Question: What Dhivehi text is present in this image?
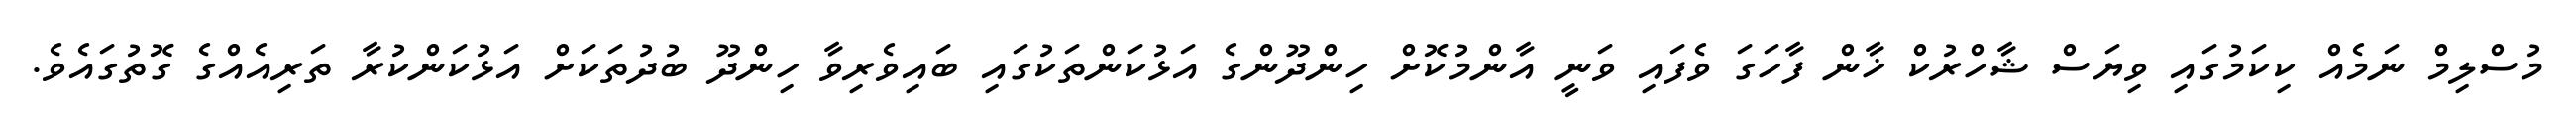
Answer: މުސްލިމް ނަމެއް ކިކަމުގައި ވިޔަސް ޝާހްރުކް ޚާން ފާހަގަ ވެފައި ވަނީ އާންމުކޮށް ހިންދޫންގެ އަޅުކަންތަކުގައި ބައިވެރިވާ ހިންދޫ ބުދުތަކަށް އަޅުކަންކުރާ ތަރިއެއްގެ ގޮތުގައެވެ.